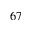
6 7